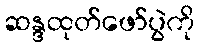
ဆန္ဒထုတ်ဖော်ပွဲကို